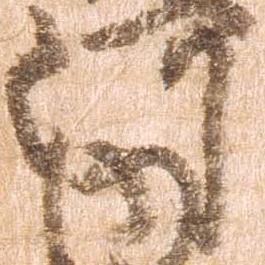
河